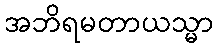
အဘိရမတာယသ္မာ